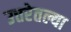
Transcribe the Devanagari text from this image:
उत्तरेतल्या